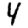
Digit: 4